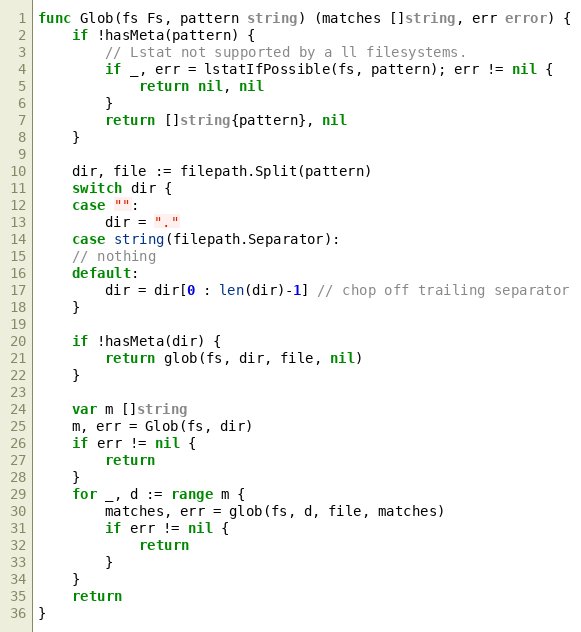
Language: Go
func Glob(fs Fs, pattern string) (matches []string, err error) {
	if !hasMeta(pattern) {
		// Lstat not supported by a ll filesystems.
		if _, err = lstatIfPossible(fs, pattern); err != nil {
			return nil, nil
		}
		return []string{pattern}, nil
	}

	dir, file := filepath.Split(pattern)
	switch dir {
	case "":
		dir = "."
	case string(filepath.Separator):
	// nothing
	default:
		dir = dir[0 : len(dir)-1] // chop off trailing separator
	}

	if !hasMeta(dir) {
		return glob(fs, dir, file, nil)
	}

	var m []string
	m, err = Glob(fs, dir)
	if err != nil {
		return
	}
	for _, d := range m {
		matches, err = glob(fs, d, file, matches)
		if err != nil {
			return
		}
	}
	return
}